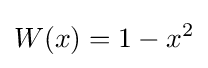
W(x)=1-x^{2}